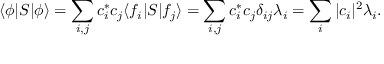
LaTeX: \langle \phi | S | \phi \rangle = \sum _ { i , j } c _ { i } ^ { * } c _ { j } \langle f _ { i } | S | f _ { j } \rangle = \sum _ { i , j } c _ { i } ^ { * } c _ { j } \delta _ { i j } \lambda _ { i } = \sum _ { i } | c _ { i } | ^ { 2 } \lambda _ { i } .